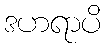
ဒဟရာပိ